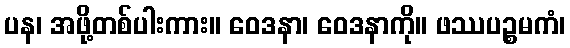
ပန၊ အဖို့တစ်ပါးကား။ ဝေဒနာ၊ ဝေဒနာကို။ ဖဿပဉ္စမကံ၊